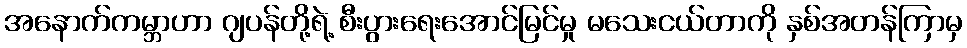
အနောက်ကမ္ဘာဟာ ဂျပန်တို့ရဲ့ စီးပွားရေးအောင်မြင်မှု မသေးငယ်တာကို နှစ်အတန်ကြာမှ